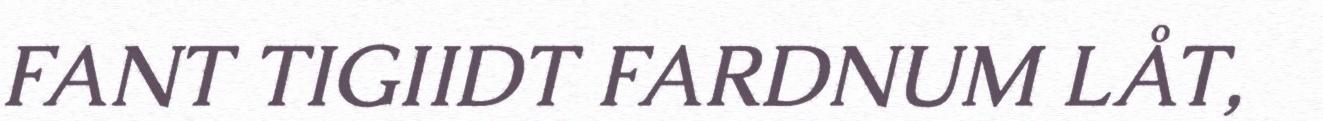
FANT TIGIIDT FARDNUM LÅT,